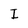
Character: I